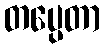
တပ္ပေတာ